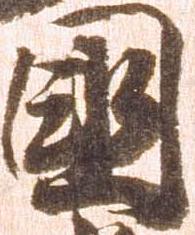
国